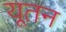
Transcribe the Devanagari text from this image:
यूतन